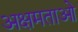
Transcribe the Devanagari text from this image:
अक्षमताओ